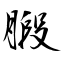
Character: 腶